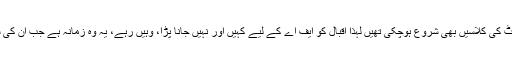
اسکاچ مشن اسکول میں انٹرمیڈیٹ کی کلاسیں بھی شروع ہوچکی تھیں لہذا اقبال کو ایف اے کے لیے کہیں اور نہیں جانا پڑا، وہیں رہے، یہ وہ زمانہ ہے جب ان کی شاعری کا باقاعدہ آغاز ہوتا ہے۔